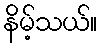
နိမ့်သယ်။